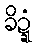
ခိဍ္ဍံ